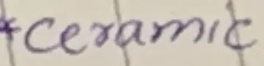
Text: *Ceramic